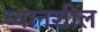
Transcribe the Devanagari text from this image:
ध्यानशील